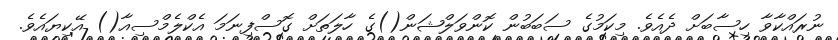
ނުރައްކާވާ ހިސާބަށް ދެއެވެ. މިކަމުގެ ސަބަބުން ކޮންވަލްޝަން()ގެ ހާލަތަށް ގޮސްފިނަމަ އެކްލެމްސިއާ() އޭކިޔައެވެ.